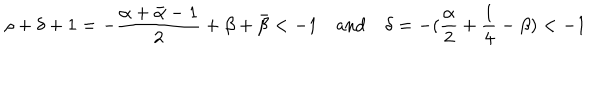
\rho + \delta + 1 = - \frac { \alpha + \bar { \alpha } - 1 } { 2 } + \beta + \bar { \beta } < - 1 \quad \textrm { a n d } \quad \delta = - ( \frac { \alpha } { 2 } + \frac { 1 } { 4 } - \beta ) < - 1